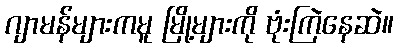
ဂျာမန်များကမူ မြို့များကို ဗုံးကြဲနေဆဲ။